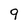
Character: 9